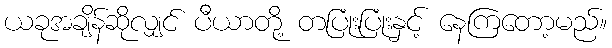
ယခုအချိန်ဆိုလျှင် ပီယာတို့ တပြုံးပြုံးနှင့် နေကြတော့မည်။